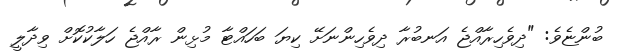
ބުންޏެވެ: "ދިވެހިރާއްޖެ އަނބުރާ ދިވެހިންނަށޭ ކިޔަ ބަހައްޓާ މުޅިން ރާއްޖެ ހަލާކުކޮށް ވިދާލީ